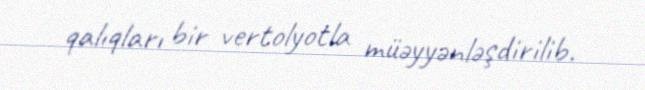
qalıqları bir vertolyotla müəyyənləşdirilib.